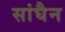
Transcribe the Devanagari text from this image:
सांघैन